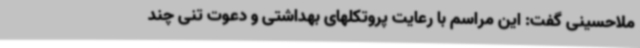
ملاحسینی گفت: این مراسم با رعایت پروتکلهای بهداشتی و دعوت تنی چند